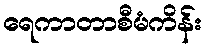
ရေကာတာစီမံကိန်း